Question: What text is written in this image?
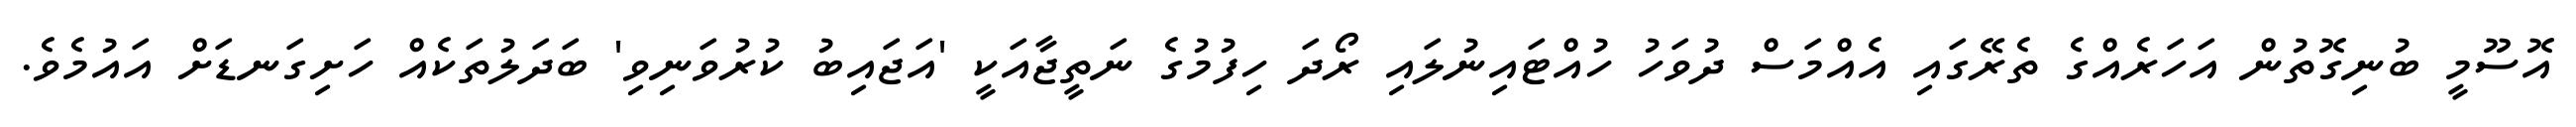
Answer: އޮސޫމީ ބުނިގޮތުން އަހަރެއްގެ ތެރޭގައި އެއްމަސް ދުވަހު ހުއްޓައިނުލައި ރޯދަ ހިފުމުގެ ނަތީޖާއަކީ 'އަޖައިބު ކުރުވަނިވި' ބަދަލުތަކެއް ހަށިގަނޑަށް އައުމެވެ.